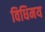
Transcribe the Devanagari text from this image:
विधिमय